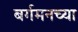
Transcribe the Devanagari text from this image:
बर्गमनच्या